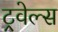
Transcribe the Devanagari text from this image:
ट्रवेल्स